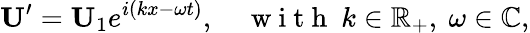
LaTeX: \mathbf{U}^{\prime}=\mathbf{U}_{1}e^{i(kx-\omega t)},\quad\mathrm{~w~i~t~h~}\ k\in\mathbb{R}_{+},\ \omega\in\mathbb{C},